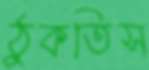
ঠুকতিস